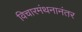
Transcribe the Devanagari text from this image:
विचारमंथनानंतर